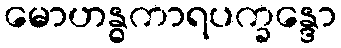
မောဟန္ဓကာရပက္ခန္ဒော